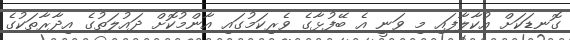
ގޮނޑަކަށް އުކާލާފައި މި ވަނީ އެ ބޭފުޅާގެ ވެރިކަމުގައި އާންމުކޮށް ދައުލަތުގެ އިދާރާތަކުގެ